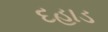
દહાડ